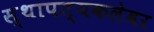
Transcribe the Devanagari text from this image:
स्थापत्यकलेवर